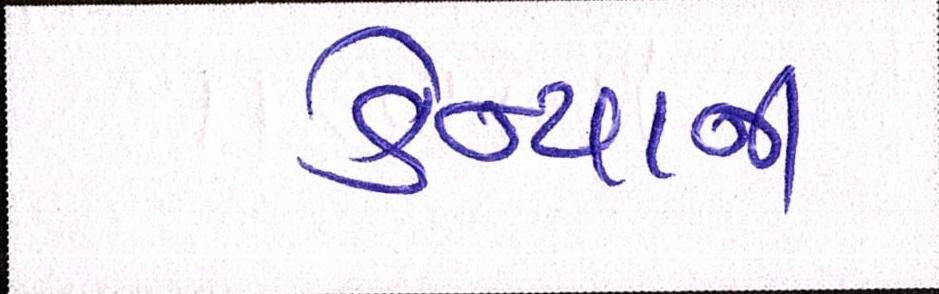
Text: કેન્યાની